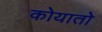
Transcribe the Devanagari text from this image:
कोयातो